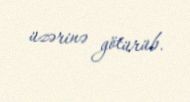
üzərinə götürüb.